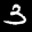
Label: 3